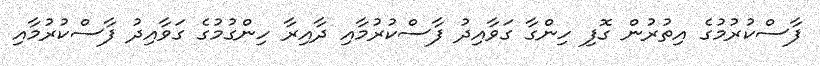
ފާސްކުރުމުގެ އިތުރުން ގޮފި ހިންގާ ގަވާއިދު ފާސްކުރުމާއި ދާއިރާ ހިންގުމުގެ ގަވާއިދު ފާސްކުރުމާއި